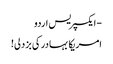
- ایکسپریس اردو
امریکا بہادر کی بزدلی!